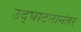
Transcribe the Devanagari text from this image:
उद्‌घाटनानंतर